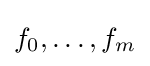
f_{0},\ldots ,f_{m}